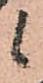
候